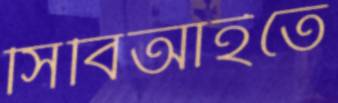
সিবিআইতে